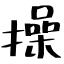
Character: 操